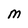
Character: M